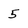
Character: 5